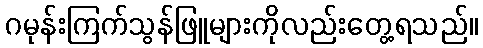
ဂမုန်းကြက်သွန်ဖြူများကိုလည်းတွေ့ရသည်။